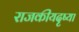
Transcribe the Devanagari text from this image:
राजकीयदृष्या